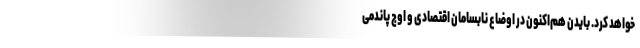
خواهد کرد. بایدن هم‌اکنون در اوضاعِ نابسامان اقتصادی و اُوج پاندمیِ